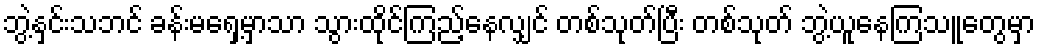
ဘွဲ့နှင်းသဘင် ခန်းမရှေ့မှာသာ သွားထိုင်ကြည့်နေလျှင် တစ်သုတ်ပြီး တစ်သုတ် ဘွဲ့ယူနေကြသူတွေမှာ